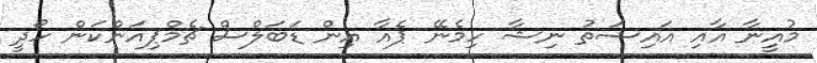
މުއީނާ އާއި އައިޝަތު ނިޝާ ހިމެނޭ ޕެއާ އިން ޑަބަލްސް ޗެމްޕިއަންކަން ހޯދީ